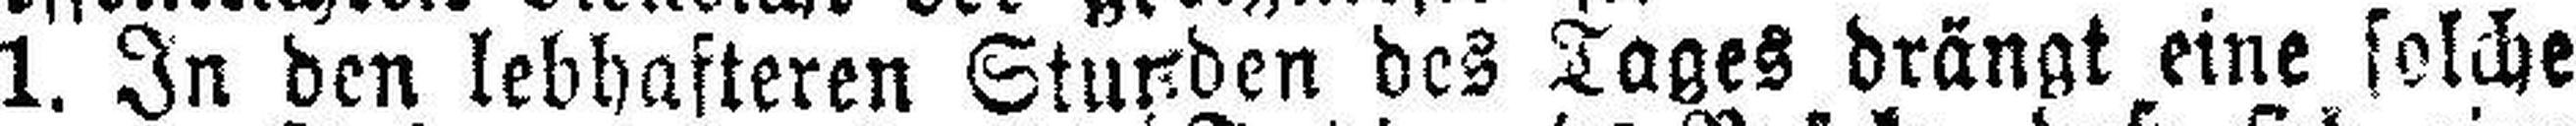
1. In den lebhafteren Stunden des Tages drängt eine solche